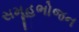
સમૂહભોજન